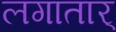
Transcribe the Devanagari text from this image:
लगातार्